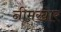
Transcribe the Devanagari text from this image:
नीमखार